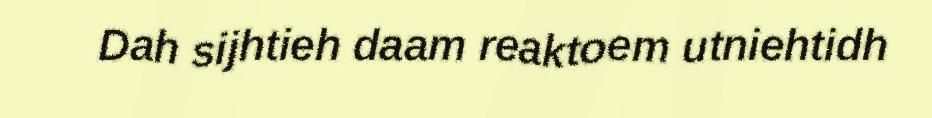
Dah sijhtieh daam reaktoem utniehtidh